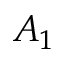
A _ { 1 }